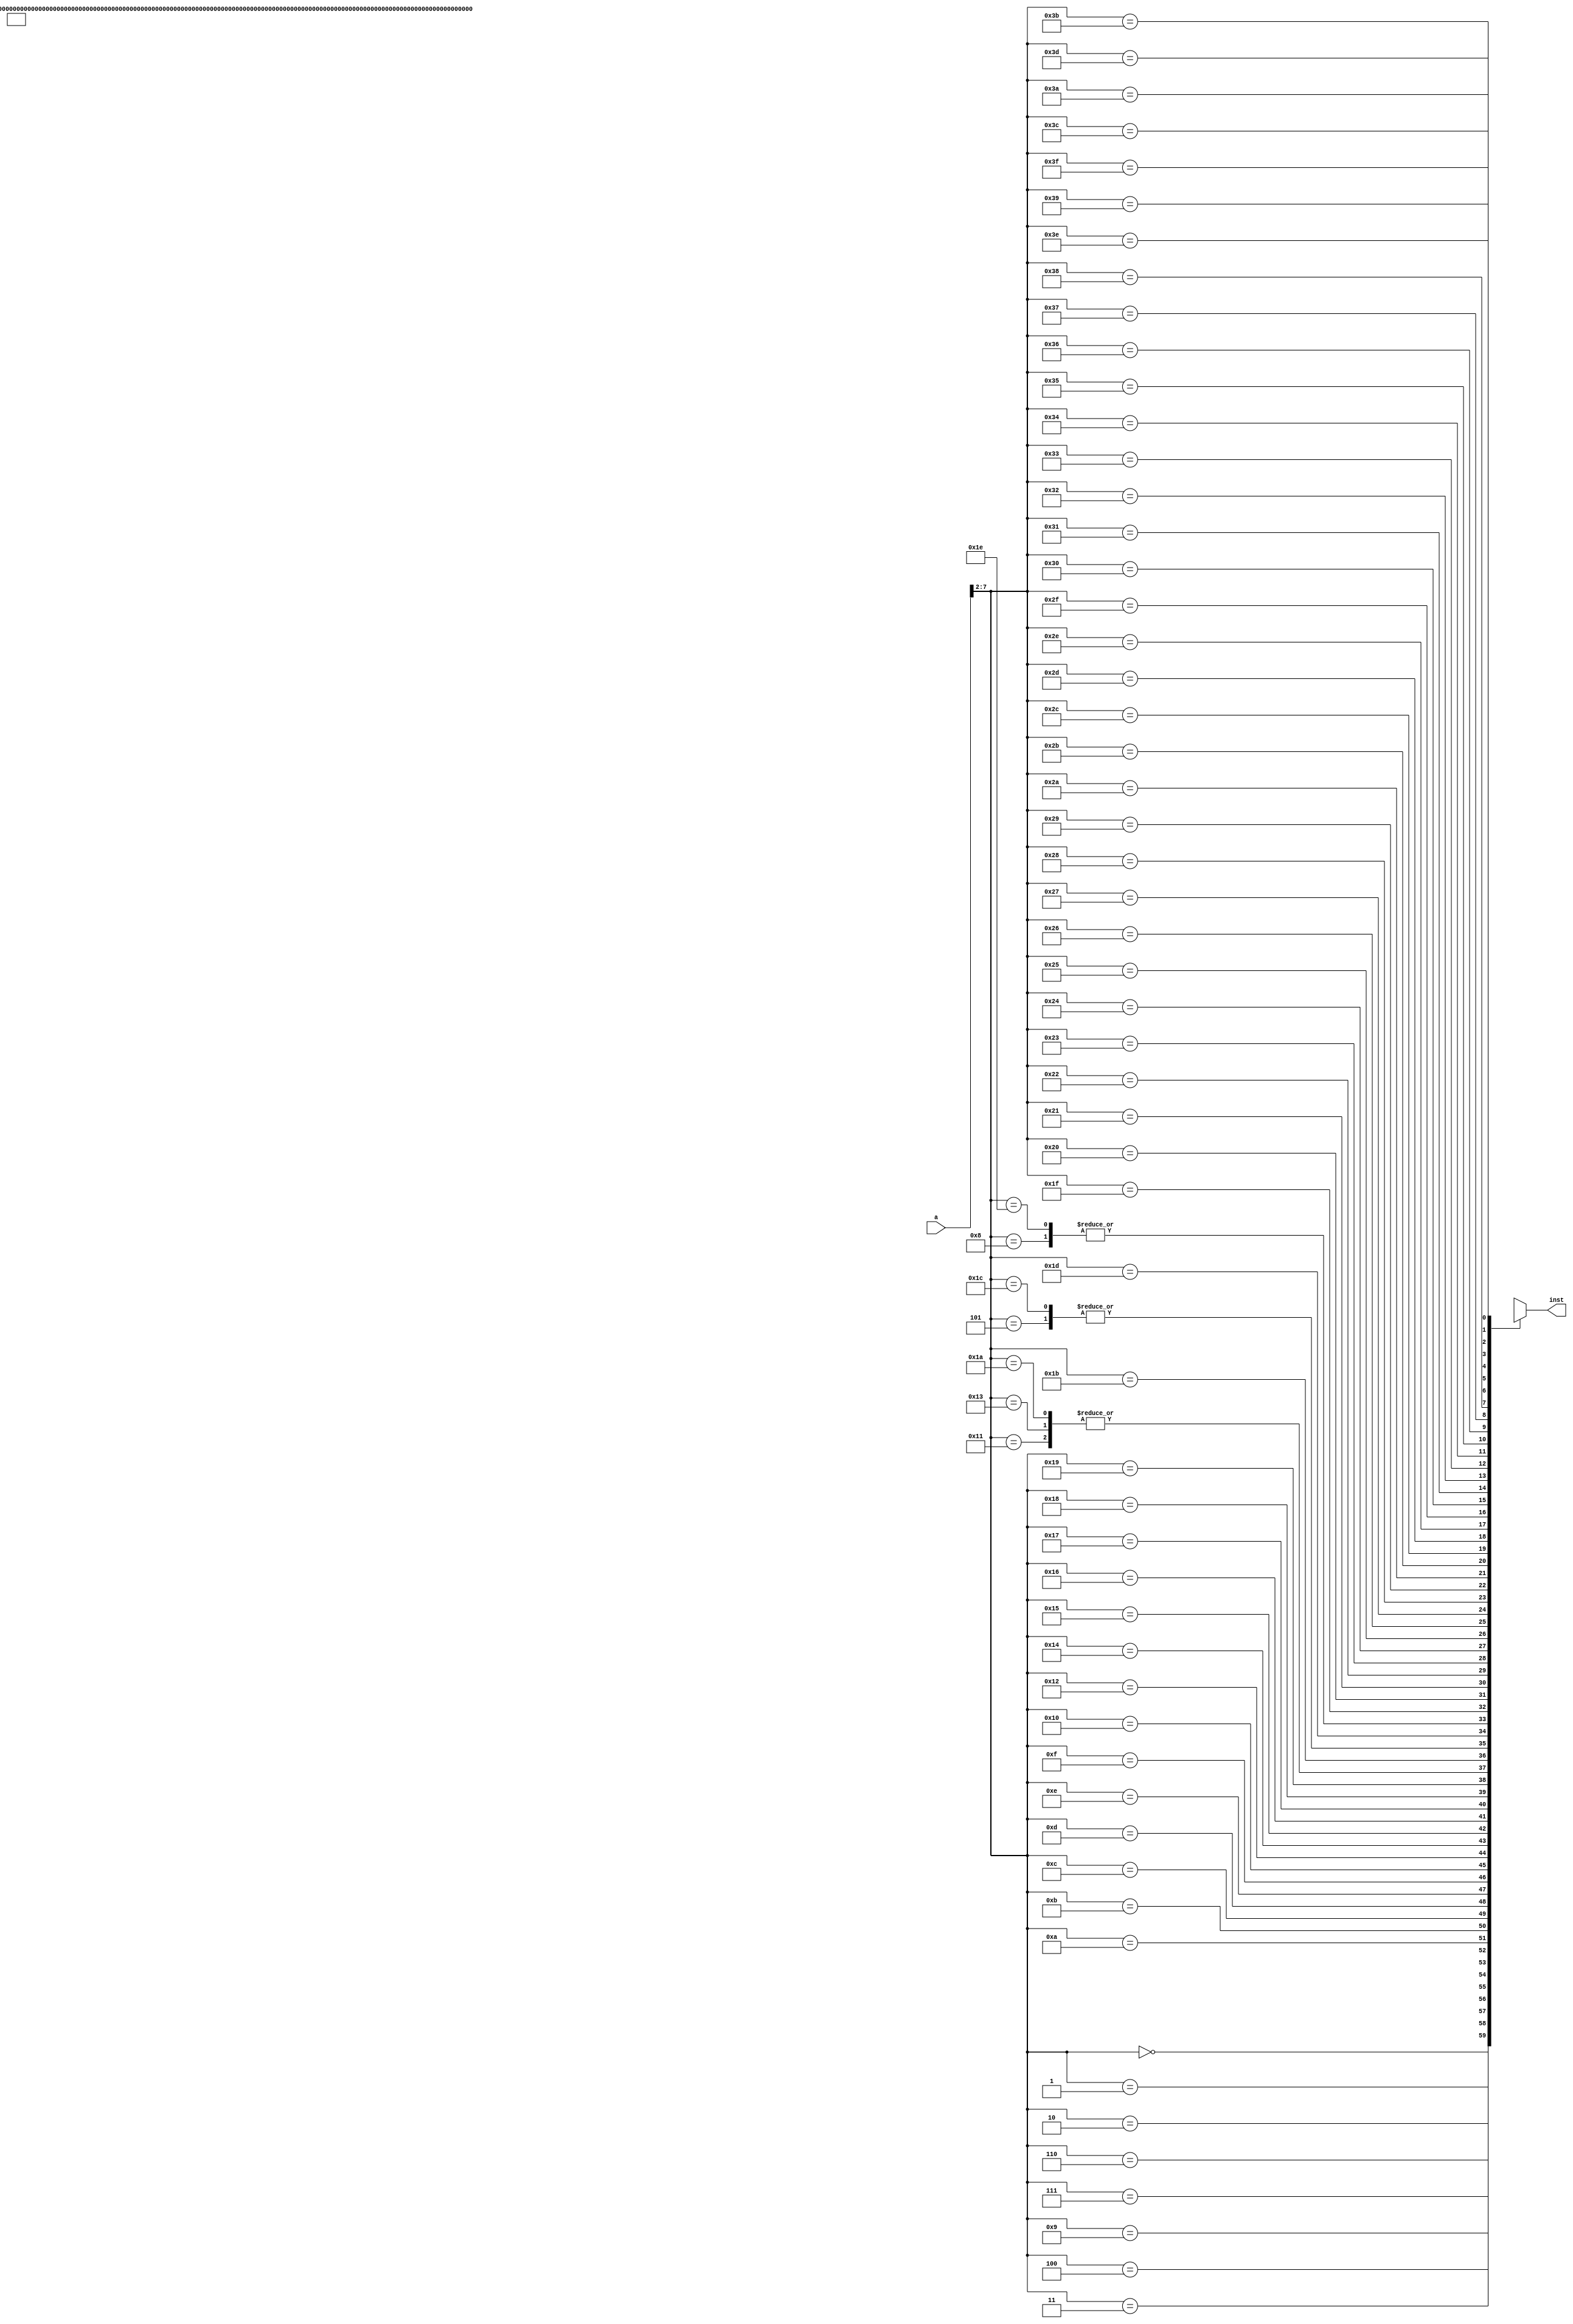
/************************************************
  The Verilog HDL code example is from the book
  Computer Principles and Design in Verilog HDL
  by Yamin Li, published by A JOHN WILEY & SONS
************************************************/
module pl_inst_mem (a,inst);           // instruction memory, rom
    input  [31:0] a;                   // rom address
    output [31:0] inst;                // rom content = rom[a]
    wire   [31:0] rom [0:63];          // rom cells: 64 words * 32 bits
    // rom[word_addr] = instruction    // (pc) label   instruction
    assign rom[6'h00] = 32'h3c010000;  // (00) main:   lui  $1, 0         
    assign rom[6'h01] = 32'h34240050;  // (04)         ori  $4, $1, 80    
    assign rom[6'h02] = 32'h0c00001b;  // (08) call:   jal  sum           
    assign rom[6'h03] = 32'h20050004;  // (0c) dslot1: addi $5, $0,  4    
    assign rom[6'h04] = 32'hac820000;  // (10) return: sw   $2, 0($4)     
    assign rom[6'h05] = 32'h8c890000;  // (14)         lw   $9, 0($4)     
    assign rom[6'h06] = 32'h01244022;  // (18)         sub  $8, $9, $4    
    assign rom[6'h07] = 32'h20050003;  // (1c)         addi $5, $0,  3    
    assign rom[6'h08] = 32'h20a5ffff;  // (20) loop2:  addi $5, $5, -1    
    assign rom[6'h09] = 32'h34a8ffff;  // (24)         ori  $8, $5, 0xffff
    assign rom[6'h0a] = 32'h39085555;  // (28)         xori $8, $8, 0x5555
    assign rom[6'h0b] = 32'h2009ffff;  // (2c)         addi $9, $0, -1    
    assign rom[6'h0c] = 32'h312affff;  // (30)         andi $10,$9,0xffff
    assign rom[6'h0d] = 32'h01493025;  // (34)         or   $6, $10, $9   
    assign rom[6'h0e] = 32'h01494026;  // (38)         xor  $8, $10, $9   
    assign rom[6'h0f] = 32'h01463824;  // (3c)         and  $7, $10, $6   
    assign rom[6'h10] = 32'h10a00003;  // (40)         beq  $5, $0, shift 
    assign rom[6'h11] = 32'h00000000;  // (44) dslot2: nop                
    assign rom[6'h12] = 32'h08000008;  // (48)         j    loop2         
    assign rom[6'h13] = 32'h00000000;  // (4c) dslot3: nop                
    assign rom[6'h14] = 32'h2005ffff;  // (50) shift:  addi $5, $0, -1    
    assign rom[6'h15] = 32'h000543c0;  // (54)         sll  $8, $5, 15    
    assign rom[6'h16] = 32'h00084400;  // (58)         sll  $8, $8, 16    
    assign rom[6'h17] = 32'h00084403;  // (5c)         sra  $8, $8, 16    
    assign rom[6'h18] = 32'h000843c2;  // (60)         srl  $8, $8, 15    
    assign rom[6'h19] = 32'h08000019;  // (64) finish: j    finish        
    assign rom[6'h1a] = 32'h00000000;  // (68) dslot4: nop                
    assign rom[6'h1b] = 32'h00004020;  // (6c) sum:    add  $8, $0, $0    
    assign rom[6'h1c] = 32'h8c890000;  // (70) loop:   lw   $9, 0($4)     
    assign rom[6'h1d] = 32'h01094020;  // (74) stall:  add  $8, $8, $9    
    assign rom[6'h1e] = 32'h20a5ffff;  // (78)         addi $5, $5, -1    
    assign rom[6'h1f] = 32'h14a0fffc;  // (7c)         bne  $5, $0, loop  
    assign rom[6'h20] = 32'h20840004;  // (80) dslot5: addi $4, $4,  4    
    assign rom[6'h21] = 32'h03e00008;  // (84)         jr   $31           
    assign rom[6'h22] = 32'h00081000;  // (88) dslot6: sll  $2, $8, 0     
    assign inst = rom[a[7:2]];         // use 6-bit word address to read rom
endmodule